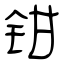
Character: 钳